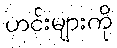
ဟင်းများကို